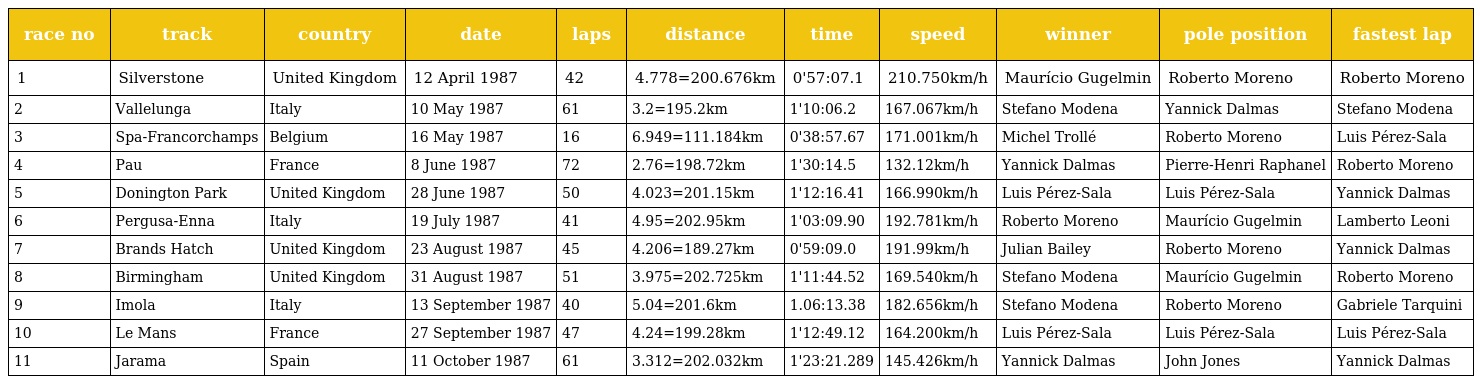
| race no | track | country | date | laps | distance | time | speed | winner | pole position | fastest lap |
 | --- | --- | --- | --- | --- | --- | --- | --- | --- | --- | --- |
 | 1 | Silverstone | United Kingdom | 12 April 1987 | 42 | 4.778=200.676km | 0'57:07.1 | 210.750km/h | Maurício Gugelmin | Roberto Moreno | Roberto Moreno |
 | 2 | Vallelunga | Italy | 10 May 1987 | 61 | 3.2=195.2km | 1'10:06.2 | 167.067km/h | Stefano Modena | Yannick Dalmas | Stefano Modena |
 | 3 | Spa-Francorchamps | Belgium | 16 May 1987 | 16 | 6.949=111.184km | 0'38:57.67 | 171.001km/h | Michel Trollé | Roberto Moreno | Luis Pérez-Sala |
 | 4 | Pau | France | 8 June 1987 | 72 | 2.76=198.72km | 1'30:14.5 | 132.12km/h | Yannick Dalmas | Pierre-Henri Raphanel | Roberto Moreno |
 | 5 | Donington Park | United Kingdom | 28 June 1987 | 50 | 4.023=201.15km | 1'12:16.41 | 166.990km/h | Luis Pérez-Sala | Luis Pérez-Sala | Yannick Dalmas |
 | 6 | Pergusa-Enna | Italy | 19 July 1987 | 41 | 4.95=202.95km | 1'03:09.90 | 192.781km/h | Roberto Moreno | Maurício Gugelmin | Lamberto Leoni |
 | 7 | Brands Hatch | United Kingdom | 23 August 1987 | 45 | 4.206=189.27km | 0'59:09.0 | 191.99km/h | Julian Bailey | Roberto Moreno | Yannick Dalmas |
 | 8 | Birmingham | United Kingdom | 31 August 1987 | 51 | 3.975=202.725km | 1'11:44.52 | 169.540km/h | Stefano Modena | Maurício Gugelmin | Roberto Moreno |
 | 9 | Imola | Italy | 13 September 1987 | 40 | 5.04=201.6km | 1.06:13.38 | 182.656km/h | Stefano Modena | Roberto Moreno | Gabriele Tarquini |
 | 10 | Le Mans | France | 27 September 1987 | 47 | 4.24=199.28km | 1'12:49.12 | 164.200km/h | Luis Pérez-Sala | Luis Pérez-Sala | Luis Pérez-Sala |
 | 11 | Jarama | Spain | 11 October 1987 | 61 | 3.312=202.032km | 1'23:21.289 | 145.426km/h | Yannick Dalmas | John Jones | Yannick Dalmas |